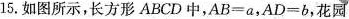
15.如图所示，长方形ABCD中，$$A B = a$$，$$A D = b$$，花园